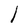
Character: l